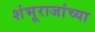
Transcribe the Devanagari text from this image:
शंभूराजांच्या